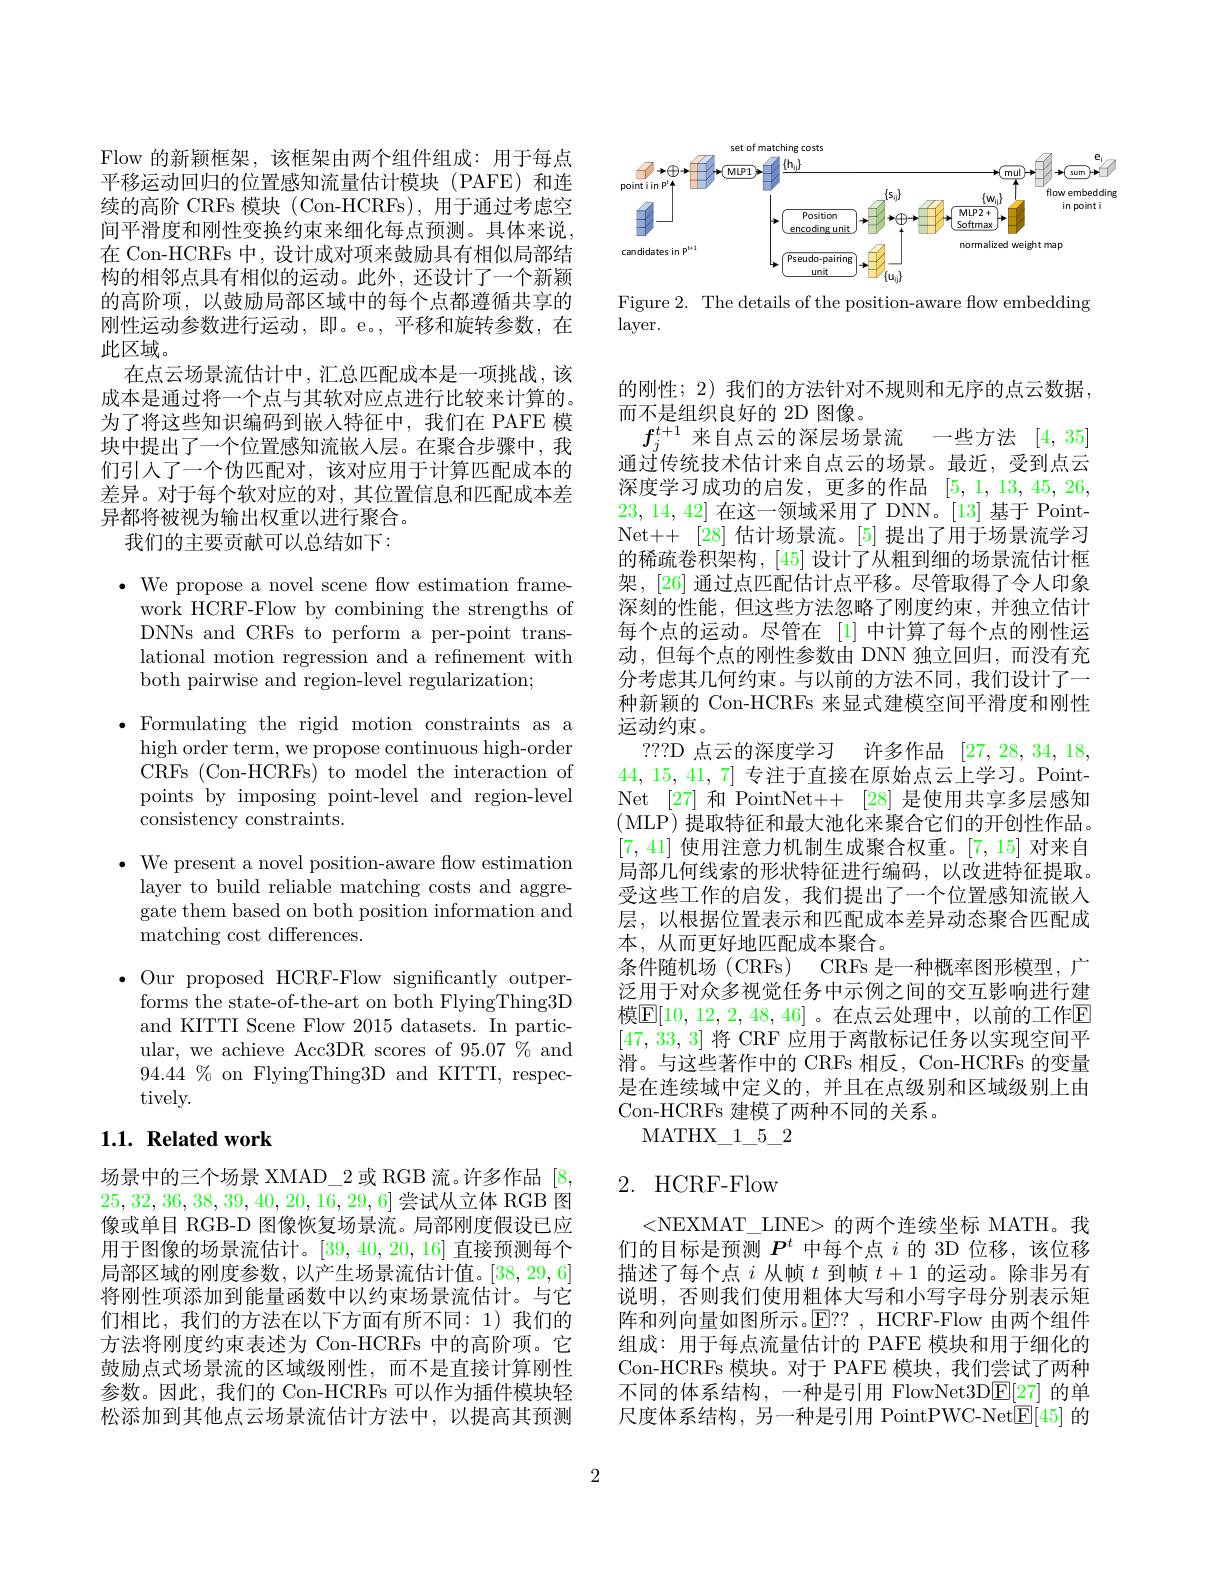
Flow 的新颖框架，该框架由两个组件组成：用于每点平移运动回归的位置感知流量估计模块(PAFE)和连续的高阶 CRFs 模块 (Con-HCRFs), 用于通过考虑空间平滑度和刚性变换约束来细化每点预测。具体来说在 Con-HCRFs 中，设计成对项来鼓励具有相似局部结构的相邻点具有相似的运动。此外，还设计了一个新颖的高阶项，以鼓励局部区域中的每个点都遵循共享的刚性运动参数进行运动，即。e。,平移和旋转参数，在此区域。
在点云场景流估计中，汇总匹配成本是一项挑战，该成本是通过将一个点与其软对应点进行比较来计算的。为了将这些知识编码到嵌入特征中，我们在 PAFE 模块中提出了一个位置感知流嵌人层。在聚合步骤中，我们引人了一个伪匹配对，该对应用于计算匹配成本的差异。对于每个软对应的对，其位置信息和匹配成本差异都将被视为输出权重以进行聚合。
我们的主要贡献可以总结如下：

$\cdot$ We propose a novel scene flow estimation frame-
work HCRF-Flow by combining the strengths of DNNs and CRFs to perform a per-point translational motion regression and a refinement with both pairwise and region-level regularization;

$\bullet$ Formulating the rigid motion constraints as a
high order term, we propose continuous high-order CRFs (Con-HCRFs) to model the interaction of points by imposing point-level and region-level consistency constraints.

$\bullet$ We present a novel position-aware flow estimation

layer to build reliable matching costs and aggre-

gate them based on both position information and

matching cost differences.

$\bullet$ Our proposed HCRF-Flow significantly outper-

forms the state-of-the-art on both FlyingThing3D

and KITTI Scene Flow 2015 datasets. In partic-

ular, we achieve Acc3DR scores of 95.07 % and

$94.44\%$ on FlyingThing3D and KITTI, respec-

tively.

## $1. 1. \textbf{Related work}$

场景中的三个场景 XMAD\_2 或 RGB 流。许多作品[8, 25,32,36,38,39,40,20,16,29,6]尝试从立体 RGB 图像或单目 RGB-D 图像恢复场景流。局部刚度假设已应用于图像的场景流估计。[39,40,20,16] 直接预测每个局部区域的刚度参数，以产生场景流估计值。[38,29,6] 将刚性项添加到能量函数中以约束场景流估计。与它们相比，我们的方法在以下方面有所不同：1)我们的方法将刚度约束表述为 Con-HCRFs 中的高阶项。它鼓励点式场景流的区域级刚性，而不是直接计算刚性参数。因此，我们的 Con-HCRFs 可以作为插件模块轻松添加到其他点云场景流估计方法中，以提高其预测

<FigureHere>
Figure 2. The details of the position-aware flow embedding

$\operatorname{layer}.$

的刚性；2) 我们的方法针对不规则和无序的点云数据，
而不是组织良好的 2D 图像。
$f_{j}^{t+1}$来自点云的深层场景流
一些方法[4,35]
通过传统技术估计来自点云的场景。最近，受到点云深度学习成功的启发，更多的作品[5,1,13,45,26, 23,14,42]在这一领域采用了 DNN。[13]基于 PointNet++[28] 估计场景流。[5] 提出了用于场景流学习的稀疏卷积架构，[45]设计了从粗到细的场景流估计框架，[26] 通过点匹配估计点平移。尽管取得了令人印象深刻的性能，但这些方法忽略了刚度约束，并独立估计每个点的运动。尽管在 [1] 中计算了每个点的刚性运动，但每个点的刚性参数由 DNN 独立回归，而没有充分考虑其几何约束。与以前的方法不同，我们设计了一种新颖的 Con-HCRFs 来显式建模空间平滑度和刚性运动约束。
???D 点云的深度学习 许多作品 [27,28,34,18,1] 44, 15, 41, 7]专注于直接在原始点云上学习。PointNet [27] 和 PointNet++ [28] 是使用共享多层感知(MLP)提取特征和最大池化来聚合它们的开创性作品。[7, 41] 使用注意力机制生成聚合权重。[7,15]对来自局部几何线索的形状特征进行编码，以改进特征提取。受这些工作的启发，我们提出了一个位置感知流嵌人层，以根据位置表示和匹配成本差异动态聚合匹配成本，从而更好地匹配成本聚合。
条件随机场(CRFs) $CRFs是 一 种 概 率 图 形 模 型 , 广$ 泛用于对众多视觉任务中示例之间的交互影响进行建模$\boxed{\mathrm{E}}[10,12,2,48,46]$。在点云处理中，以前的工作$\boxed{\mathrm{E}}$ [47,33,3]将 CRF 应用于离散标记任务以实现空间平滑。与这些著作中的 CRFs 相反，Con-HCRFs 的变量是在连续域中定义的，并且在点级别和区域级别上由Con-HCRFs 建模了两种不同的关系。
MATHX$\_$1$\_$5$\_$2

# 2. HCRF-Flow

<NEXMAT\_LINE> 的两个连续坐标 MATH。我们的目标是预测$P^t$中每个点$i$的 3D 位移，该位移描述了每个点$i$从帧$t$到帧$t+1$的运动。除非另有说明，否则我们使用粗体大写和小写字母分别表示矩阵和列向量如图所示。$\mathbb{E}??$, HCRF-Flow 由两个组件组成：用于每点流量估计的 PAFE 模块和用于细化的Con-HCRFs 模块。对于 PAFE 模块，我们尝试了两种不同的体系结构，一种是引用 FlowNet3D$\underline{\mathrm{E}}[27]$的单尺度体系结构，另一种是引用 PointPWC-Net$\underline{\mathrm{E}}[45]$的

2